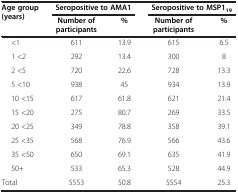
| Age group (years) | <COLSPAN=2> Seropositive to AMA1 | <COLSPAN=2> Seropositive to MSP119 |
 |  | Number of participants | % | Number of participants | % |
 | --- | --- | --- | --- | --- |
 | <1 | 611 | 13.9 | 615 | 6.5 |
 | 1 <2 | 292 | 13.4 | 300 | 8 |
 | 2 <5 | 720 | 22.6 | 728 | 13.3 |
 | 5 <10 | 938 | 45 | 934 | 13.9 |
 | 10 <15 | 617 | 61.8 | 621 | 21.4 |
 | 15 <20 | 275 | 80.7 | 269 | 33.5 |
 | 20 <25 | 349 | 78.8 | 358 | 39.1 |
 | 25 <35 | 568 | 76.9 | 566 | 43.6 |
 | 35 <50 | 650 | 69.1 | 635 | 41.9 |
 | 50+ | 533 | 65.3 | 528 | 44.9 |
 | Total | 5553 | 50.8 | 5554 | 25.3 |